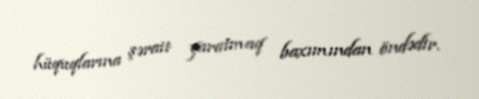
hüquqlarına şərait yaratmaq baxımından öndədir.